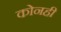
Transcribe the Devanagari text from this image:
कोनही